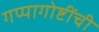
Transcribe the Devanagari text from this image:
गप्पागोष्टींची